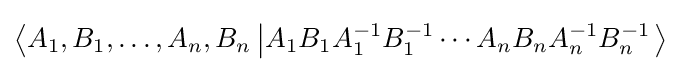
\left\langle A_{1},B_{1},\ldots ,A_{n},B_{n}\left|A_{1}B_{1}A_{1}^{-1}B_{1}^{-1}\cdots A_{n}B_{n}A_{n}^{-1}B_{n}^{-1}\right.\right\rangle